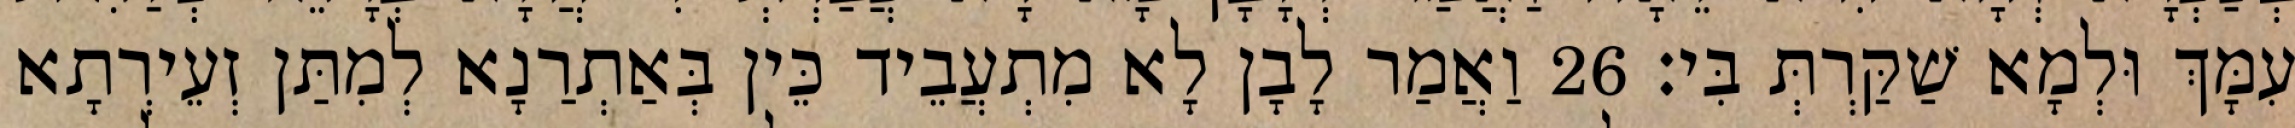
עִמָּךְ וּלְמָא שַׁקַּרְתְּ בִּי׃ 26 וַאֲמַר לָבָן לָא מִתְעֲבֵיד כֵּין בְּאַתְרַנָא לְמִתַּן זְעֵירְתָא